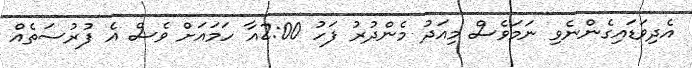
އެދިވަޑައިގެންނެވި ނަމަވެސް މިއަދު މެންދުރު ފަހު 2:00އާ ހަމައަށް ވެސް އެ ފުރުސަތެއް